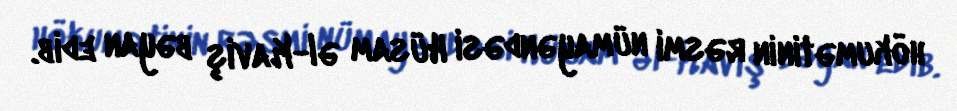
hökumətinin rəsmi nümayəndəsi Hüsam əl-Kaviş bəyan edib.